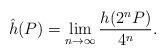
LaTeX: \begin{align*} \hat{h}(P) = \lim_{n \to \infty} \frac{h(2^{n} P)}{4^{n}}.\end{align*}